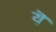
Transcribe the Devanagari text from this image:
य़ॆ